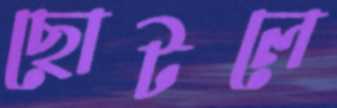
ছোটলে